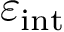
\varepsilon _ { \mathrm { i n t } }